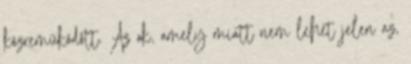
közreműködött. Az ok, amely miatt nem lehet jelen az,